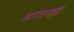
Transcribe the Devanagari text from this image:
भरतगढ़